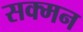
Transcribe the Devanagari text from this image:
सक्मन